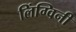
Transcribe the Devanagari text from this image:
लिंग्विनी